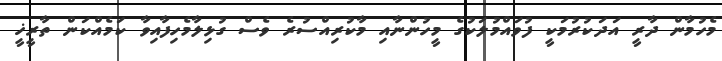
މެހުމާން ދާރީ އަދަކުރުމަކީ ފުވައްމުލަކުގެ މީހުންނާއި މާކުރިއްސުރެ ވެސް ގުޅިލާމެހިފާއިވާ ކަމެއްކަން ތާރީޚީ